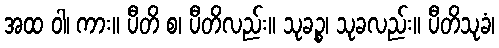
အထ ဝါ၊ ကား။ ပီတိ စ၊ ပီတိလည်း။ သုခဉ္စ၊ သုခလည်း။ ပီတိသုခံ၊